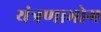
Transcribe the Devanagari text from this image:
यंत्रणाभोग